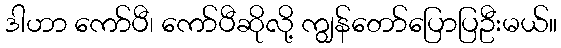
ဒါဟာ ကော်ပီ၊ ကော်ပီဆိုလို့ ကျွန်တော်ပြောပြဦးမယ်။